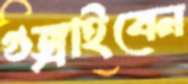
গুজ্‌রাইবেন